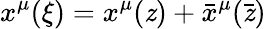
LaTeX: x^{\mu}(\xi)=x^{\mu}(\mathit{z})+\bar{{x}}^{\mu}({\bar{{\mathit{z}}}})